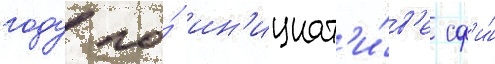
году по́ ин'ициат'и́в'е сф'и́